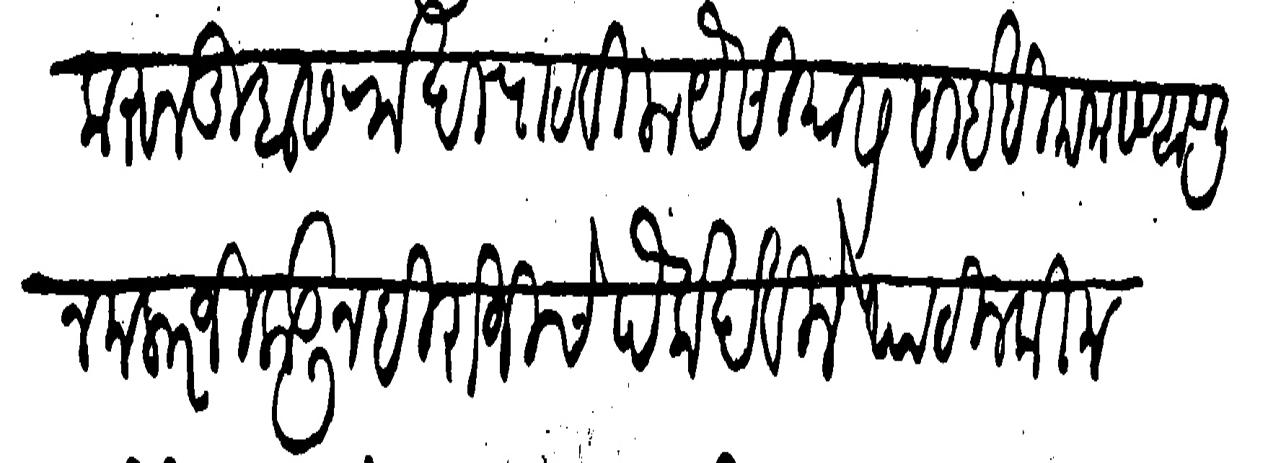
Transliteration (Devanagari): करुन तुम्हास रोखा पाठविला यैसीयास साईबी मनास आणून मलारजीकडून हिरोजीचे पैके देविले पाटीलकी मंडाजीची